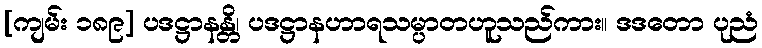
[ကျမ်း ၁၈၉] ပဒဋ္ဌာနန္တိ၊ ပဒဋ္ဌာနဟာရသမ္ပာတဟူသည်ကား။ ဒဒတော ပုညံ